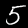
Digit: 5